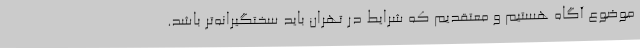
موضوع آگاه هستیم و معتقدیم که شرایط در تهران باید سختگیرانه‌تر باشد.